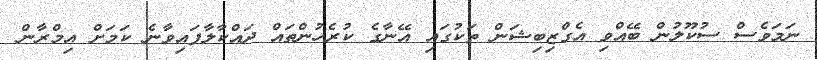
ނަމަވެސް ސުކޫލުން ބޭއްވި އެގްޒިބިޝަން ތަކުގައި އޭނާގެ ކުރެހުންތައް ދައްކާލާފައިވާނެ ކަމަށް އިމްރާން